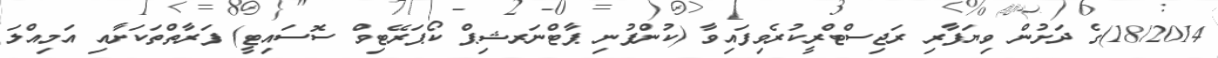
18/2014)ގެ ދަށުން ވިޔަފާރި ރަޖިސްޓްރީކުރެވިފައިވާ (ކުންފުނި ޕާޓްނަރޝިޕް ކޯޕަރޭޓިވް ސޮސައިޓީ) ފަރާތްތަކަށާއި އަމިއްލަ